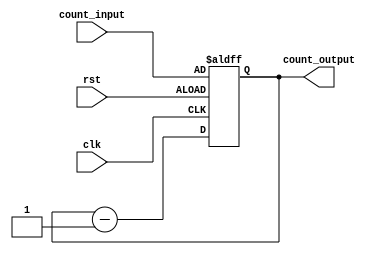
`timescale 1ns / 1ps
//////////////////////////////////////////////////////////////////////////////////
// Company: 
// Engineer: 
// 
// Design Name: 
// Module Name: clock_decrement
// Project Name: 
// Target Devices: 
// Tool Versions: 
// Description: 
// 
// Dependencies: 
// 
// Revision:
// Revision 0.01 - File Created
// Additional Comments:
// 
//////////////////////////////////////////////////////////////////////////////////


module clock_decrement(
input [15:0] count_input,
input wire clk,
input wire rst,
output reg [15:0] count_output);

 always @(posedge clk or posedge rst) begin
        if (rst) begin
            count_output <= count_input;
        end else begin
            count_output <= count_output - 1;
        end
    end
endmodule